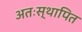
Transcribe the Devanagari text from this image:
अतःस्थापित